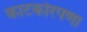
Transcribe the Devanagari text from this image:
काटकोरपणा